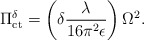
\begin{align*}\Pi_{\mathrm{ct}}^{\delta}=\left(\delta\frac{\lambda}{16\pi^2 \epsilon}\right)\Omega^2.\end{align*}